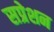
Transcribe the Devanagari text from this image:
सप्रेशन